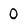
Character: 0